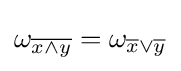
\omega _{\overline {x\land y}}=\omega _{{\overline {x}}\lor {\overline {y}}}\,\!